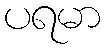
ပရမာ